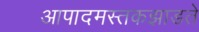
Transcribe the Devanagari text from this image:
आपादमस्तकझाडते